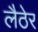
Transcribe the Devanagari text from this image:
लैठेर